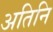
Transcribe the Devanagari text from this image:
अतिनि